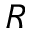
R